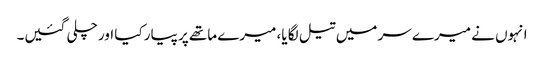
انہوں نے میرے سر میں تیل لگا یا، میرے ماتھے پر پیار کیا اور چلی گئیں۔